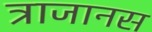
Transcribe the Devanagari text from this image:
त्राजानस